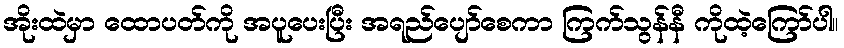
အိုးထဲမှာ ထောပတ်ကို အပူပေးပြီး အရည်ပျော်စေကာ ကြက်သွန်နီ ကိုထဲ့ကြော်ပါ။